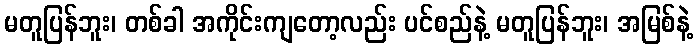
မတူပြန်ဘူး၊ တစ်ခါ အကိုင်းကျတော့လည်း ပင်စည်နဲ့ မတူပြန်ဘူး၊ အမြစ်နဲ့